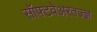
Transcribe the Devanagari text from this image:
सॉफ्टवेअरतज्ज्ञ